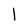
Character: l